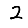
Digit: 2